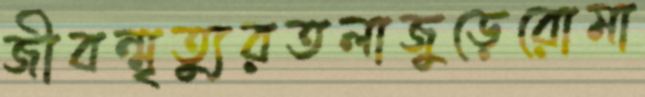
জীবন্মৃত্যুরতলাজুড়েরোমা